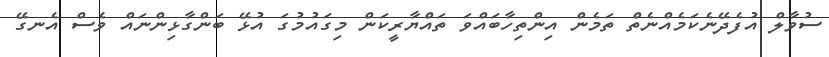
ސުވާލް އުފެދޭނެކަމެއްނެތް ތަމެން އިންތިހާބައްވަ ތައްޔާރީކަން މިގައުމުގަ އުޅޭ ބަންގާޅިންނައް ވެސް އެނގޭ